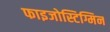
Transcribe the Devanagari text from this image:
फाइजोस्टिग्मिन